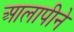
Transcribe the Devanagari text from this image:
आलापीने